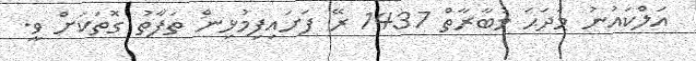
އަލްކައުނު މަދަޙަ މުބާރާތް 1437 ރޭ ފަށައިފިމުޅިން ތަފާތު ގޮތަކަށް ވީ.